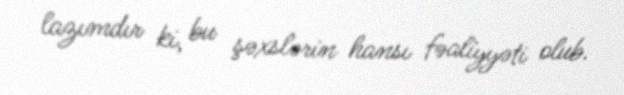
lazımdır ki, bu şəxslərin hansı fəaliyyəti olub.